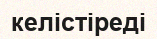
келістіреді